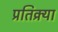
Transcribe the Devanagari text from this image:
प्रतिक्र्या